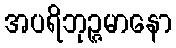
အပရိဘုဉ္ဇမာနော